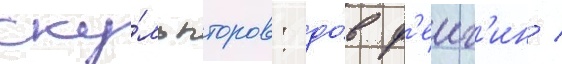
ску́льпторов: до́в ф'еиг'ин /